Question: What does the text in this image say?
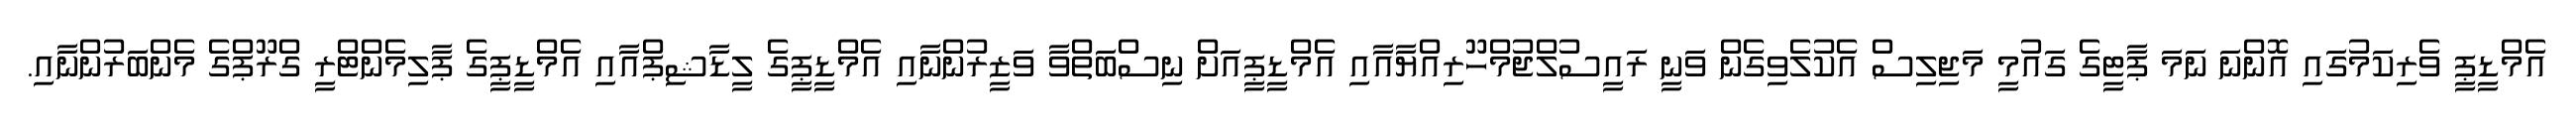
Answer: އެމްޑީޕީ ވެރިކަމުގައި އޮންނަ ނަމަ ޕާޓީގެ ގައުމީ މަޖިލިސް އެކުލެވިގެން ވަނީ ރައީސުލްޖުމްހޫރިއްޔާއާއި އެމްޑީޕީއަށް ނިސްބަތްވާ ވަޒީރުންނާއި އެމްޑީޕީގެ ލީޑާޝިޕްއާއި އެމްޑީޕީގެ ޕާލިމެންޓްރީ ގްރޫޕްގެ މެންބަރުންނާއި.